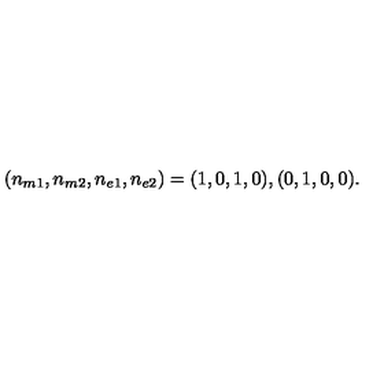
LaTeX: ( n _ { m 1 } , n _ { m 2 } , n _ { e 1 } , n _ { e 2 } ) = ( 1 , 0 , 1 , 0 ) , ( 0 , 1 , 0 , 0 ) .